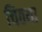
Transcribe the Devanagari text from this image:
चिठया